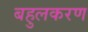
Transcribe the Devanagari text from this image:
बहुलकरण